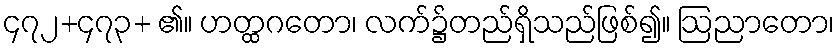
၄၇၂+၄၇၃+ ၏။ ဟတ္ထဂတော၊ လက်၌တည်ရှိသည်ဖြစ်၍။ ဩညာတော၊